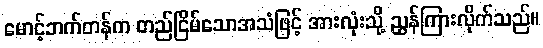
မောင့်ဘက်တန်က တည်ငြိမ်သောအသံဖြင့် အားလုံးသို့ ညွှန်ကြားလိုက်သည်။